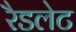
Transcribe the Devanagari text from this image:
रैडलेट